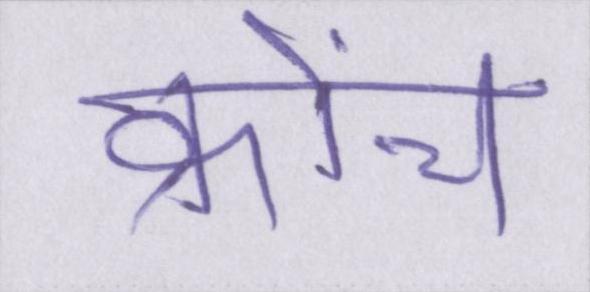
क्रोंच